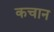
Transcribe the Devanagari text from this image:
कचान